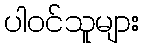
ပါဝင်သူများ